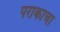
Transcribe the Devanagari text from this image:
पराकाचा